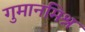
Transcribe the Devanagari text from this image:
गुमानमिश्र